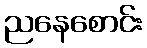
ညနေစောင်း